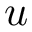
\boldsymbol { u }